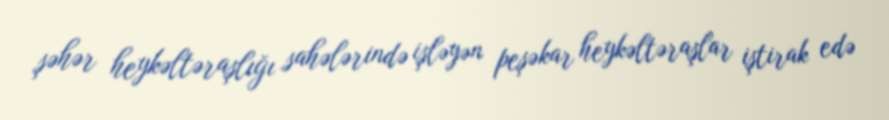
şəhər heykəltəraşlığı sahələrində işləyən peşəkar heykəltəraşlar iştirak edə